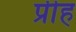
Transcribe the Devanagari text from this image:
प्रीह